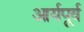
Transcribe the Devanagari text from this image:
आर्यपूर्व